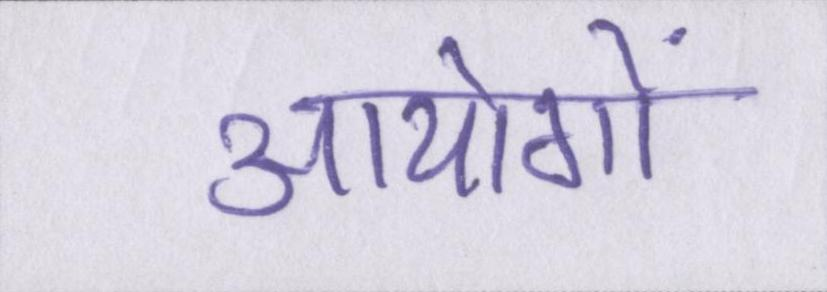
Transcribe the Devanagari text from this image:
आयोगों